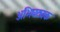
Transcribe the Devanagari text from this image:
अभिघट्यक